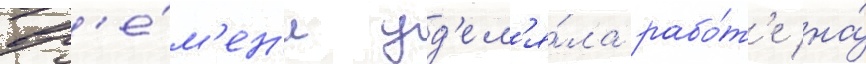
вр'е́м'ен'и уд'ел'я́ла рабо́т'е на́